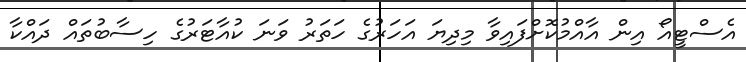
އެސްޓީއޯ އިން އާއްމުކޮށްފައިވާ މިދިޔަ އަހަރުގެ ހަތަރު ވަނަ ކުއާޓަރުގެ ހިސާބުތައް ދައްކާ